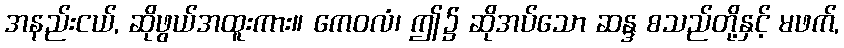
အနည်းငယ်, ဆိုဖွယ်အထူးကား။ ကေဝလံ၊ ဤ၌ ဆိုအပ်သော ဆန္ဒ စသည်တို့နှင့် မဖက်,